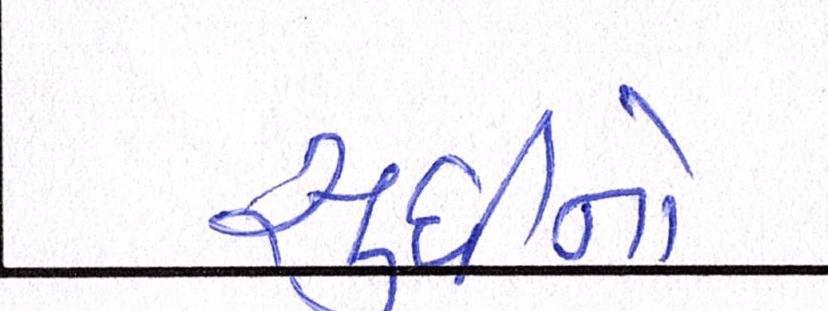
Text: સુધીનો